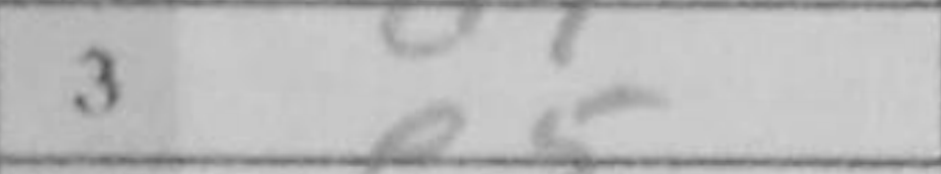
Transcription: e5